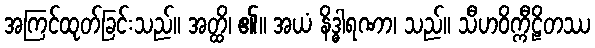
အကြင်ထုတ်ခြင်းသည်။ အတ္ထိ၊ ၏။ အယံ နိဒ္ဓါရဏာ၊ သည်။ သီဟဝိက္ကီဠိတဿ